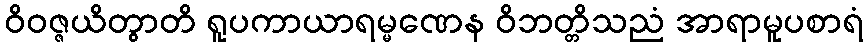
ဝိဝဇ္ဇယိတွာတိ ရူပကာယာရမ္မဏေန ဝိဘတ္တိသညံ အာရာမူပစာရံ